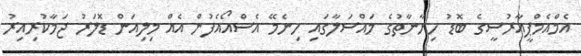
އެމްއެމްޕީއާރުސީގެ ބޮޑު ހިޔާނާތުގެ މައްސަލާގައި ހިނެމޭ އެސްއޯއެފުން އެއް މިލިއަން ޑޮލަރު ޖަމާކުރިއިިރު